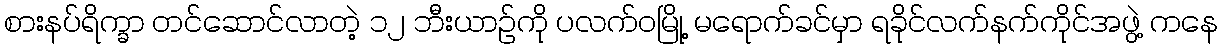
စားနပ်ရိက္ခာ တင်ဆောင်လာတဲ့ ၁၂ ဘီးယာဉ်ကို ပလက်ဝမြို့ မရောက်ခင်မှာ ရခိုင်လက်နက်ကိုင်အဖွဲ့ ကနေ